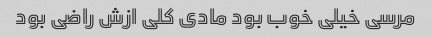
مرسی خیلی خوب بود مادی کلی ازش راضی بود